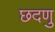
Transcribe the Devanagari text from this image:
छदणु